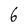
Character: 6